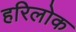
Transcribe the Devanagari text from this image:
हरिलोक